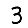
Digit: 3